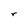
Character: r